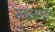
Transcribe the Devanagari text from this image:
सहस्त्रार्जून